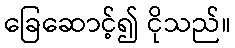
ခြေဆောင့်၍ ငိုသည်။